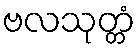
ဗလသုတ္တံ